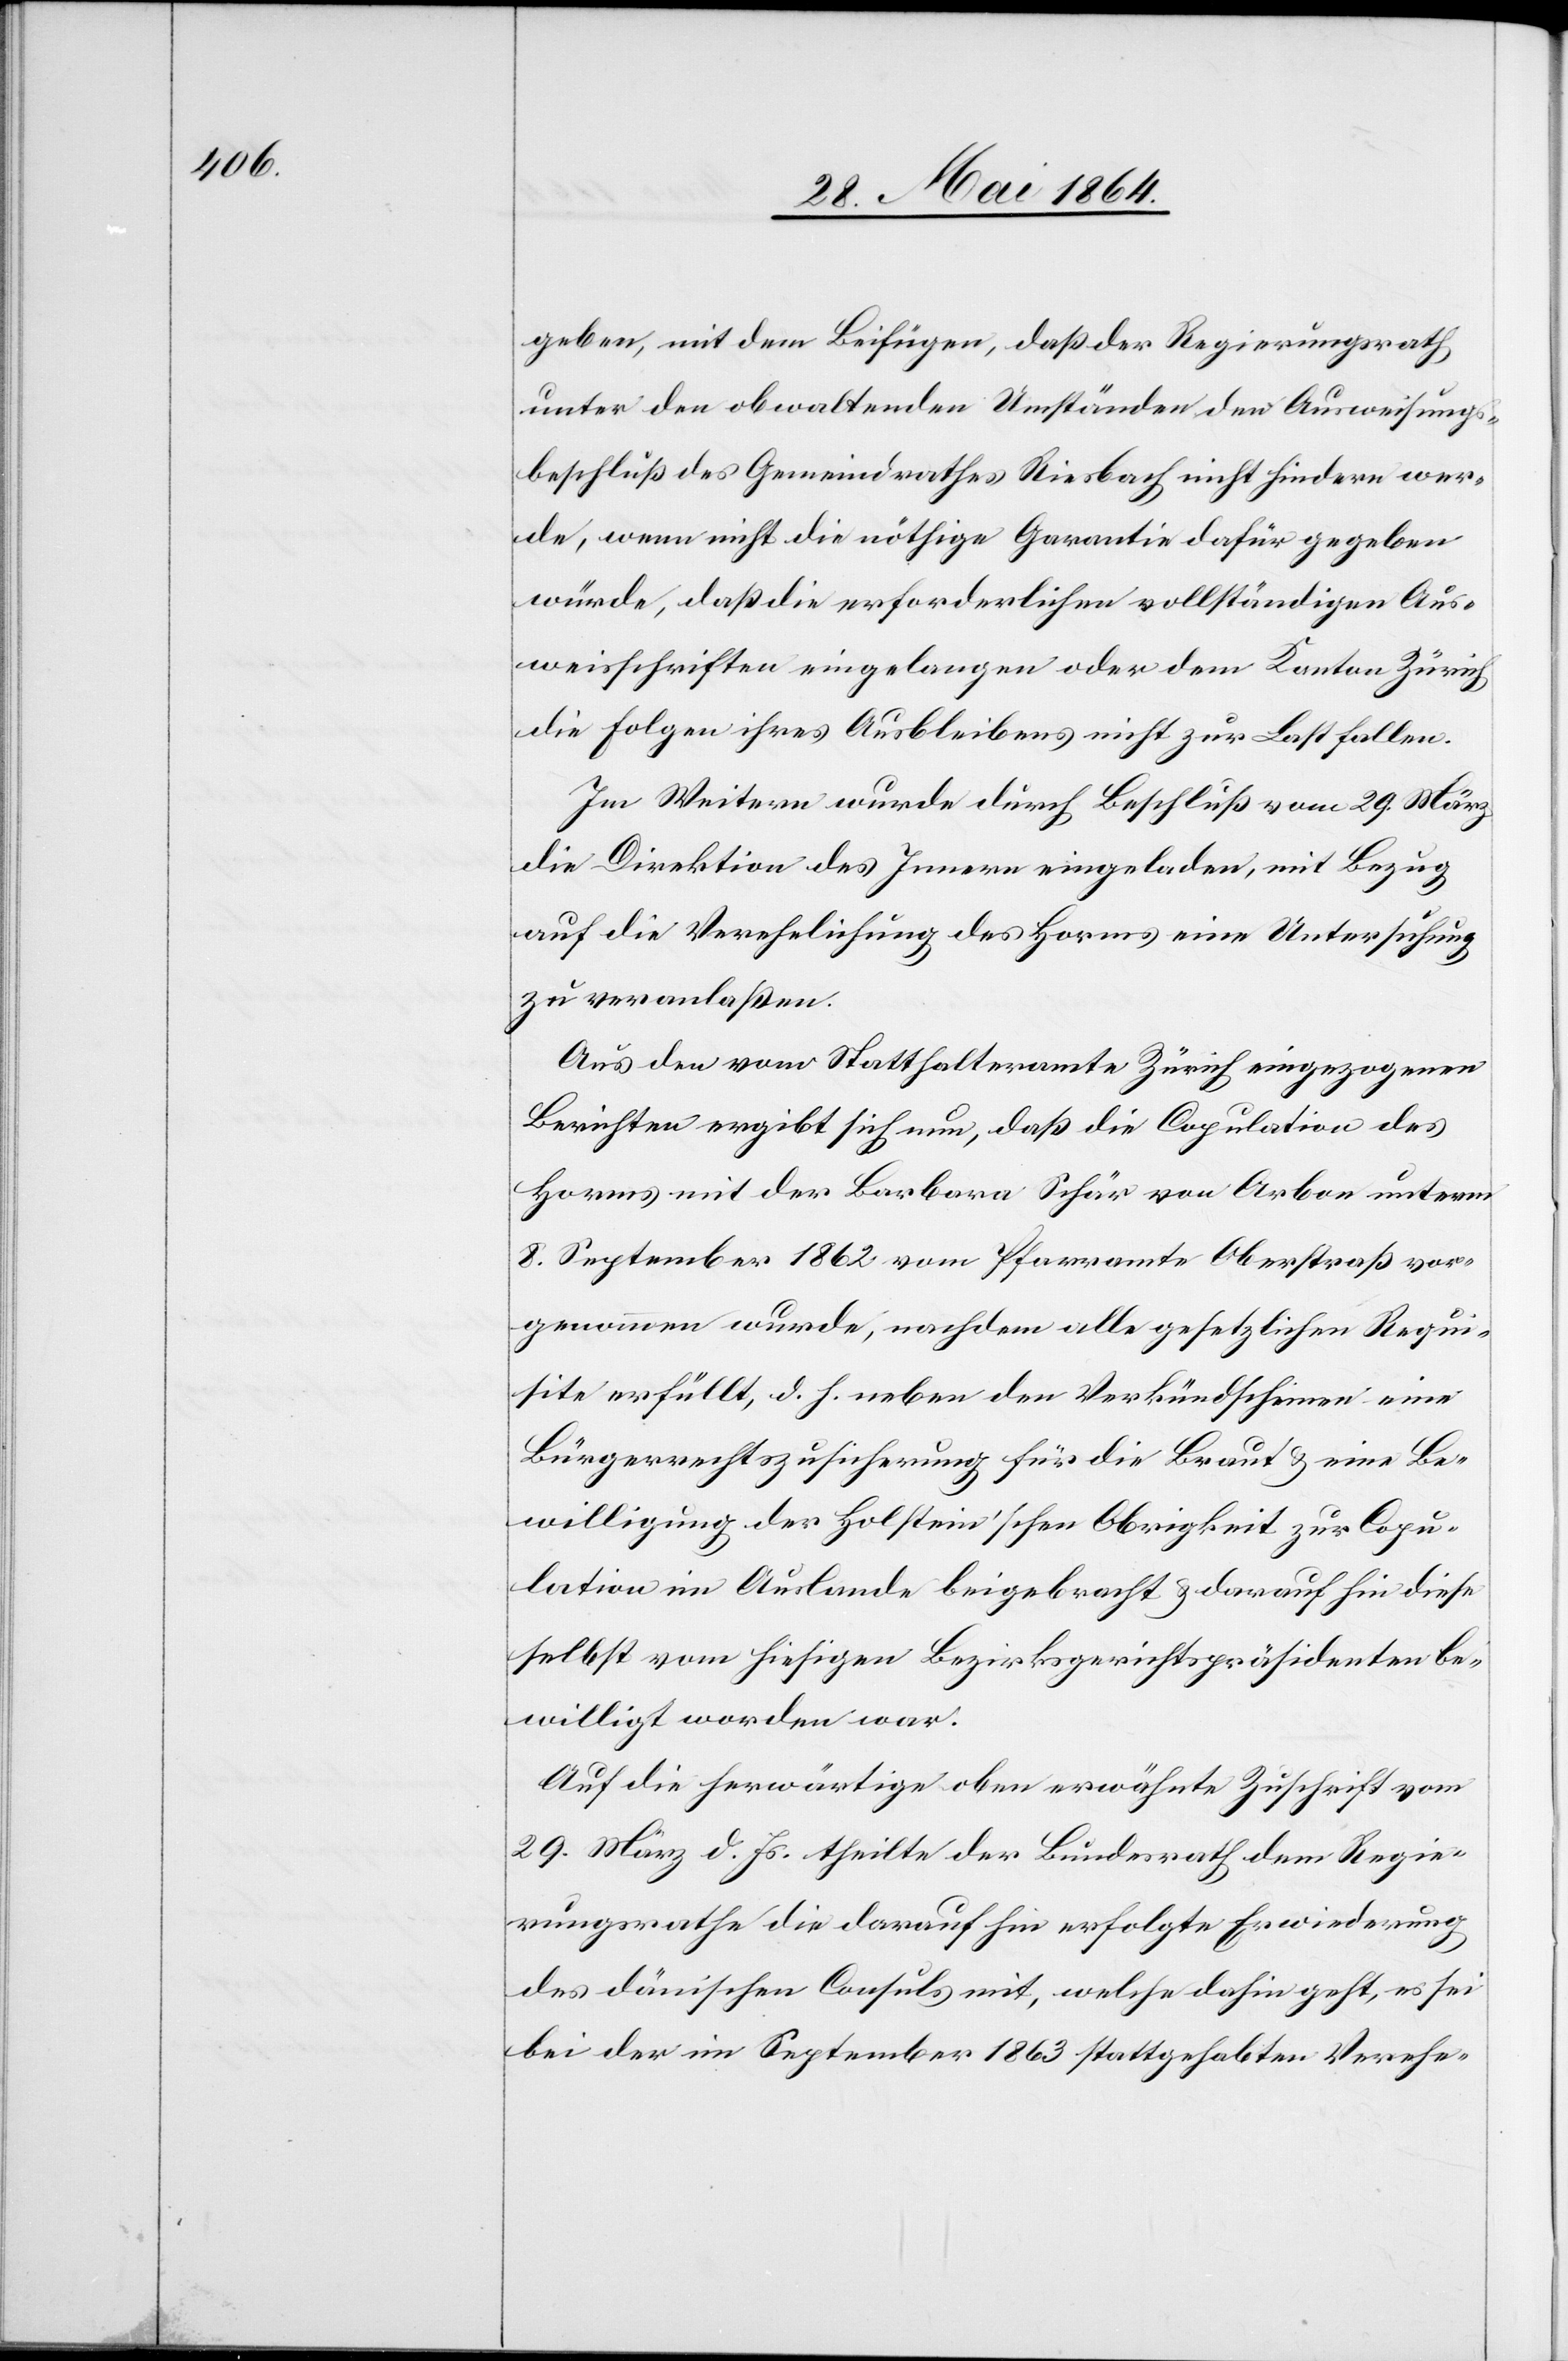
geben, mit dem Beifügen, daß der Regierungsrath
unter den obwaltenden Umständen den Ausweisungs¬
beschluß des Gemeindrathes Riesbach nicht hindern wer¬
de, wenn nicht die nöthige Garantie dafür gegeben
würde, daß die erforderlichen vollständigen Aus¬
weisschriften eingelangen oder dem Kanton Zürich
die Folgen ihres Ausbleibens nicht zur Last fallen.
Im Weitern wurde durch Beschluß vom 29. März
die Direktion des Innern eingeladen, mit Bezug
auf die Verehelichung des Horms eine Untersuchung
zu veranlaßen.
Aus den vom Statthalteramte Zürich eingezogenen
Berichten ergibt sich nun, daß die Copulation des
Horms mit der Barbara Schär von Arbon unterm
8. September 1862 vom Pfarramte Oberstraß vor¬
genommen wurde, nachdem alle gesetzlichen Requi¬
site erfüllt, d. h. neben den Verkündscheinen eine
Bürgerrechtszusicherung für die Braut u. eine Be¬
willigung der Holstein’schen Obrigkeit zur Copu¬
lation im Auslande beigebracht u. darauf hin diese
selbst vom hiesigen Bezirksgerichtspräsidenten be¬
willigt worden war.
Auf die herwärtige oben erwähnte Zuschrift vom
29. März d. Js. theilte der Bundesrath dem Regie¬
rungsrath die darauf hin erfolgte Erwiederung
des dänischen Consuls mit, welche dahin geht, es sei
bei der im September 1863 stattgehabten Verehe-